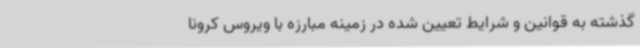
گذشته به قوانین و شرایط تعیین شده در زمینه مبارزه با ویروس کرونا